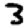
Digit: 3